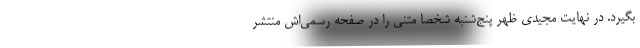
بگیرد‌. در نهایت مجیدی ظهر پنج‌شنبه شخصا متنی را در صفحه رسمی‌اش منتشر